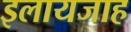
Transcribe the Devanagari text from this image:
इलायजाह